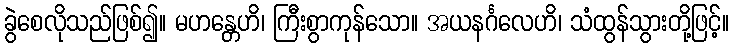
ခွဲစေလိုသည်ဖြစ်၍။ မဟန္တေဟိ၊ ကြီးစွာကုန်သော။ အယနင်္ဂလေဟိ၊ သံထွန်သွားတို့ဖြင့်။